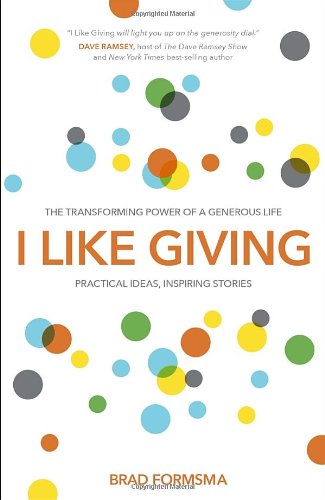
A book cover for I Like Giving: The Transforming Power of a Generous Life; Brad Formsma; Christian Books & Bibles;